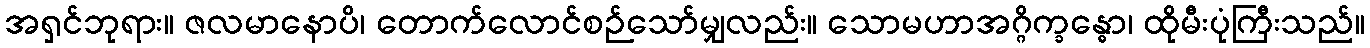
အရှင်ဘုရား။ ဇလမာနောပိ၊ တောက်လောင်စဉ်သော်မျှလည်း။ သောမဟာအဂ္ဂိက္ခန္ဓော၊ ထိုမီးပုံကြီးသည်။